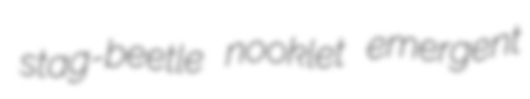
stag-beetle nooklet emergent